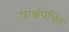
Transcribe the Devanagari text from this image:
पार्श्वपथित